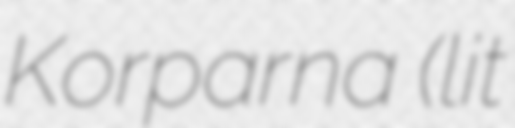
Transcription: Korparna (lit